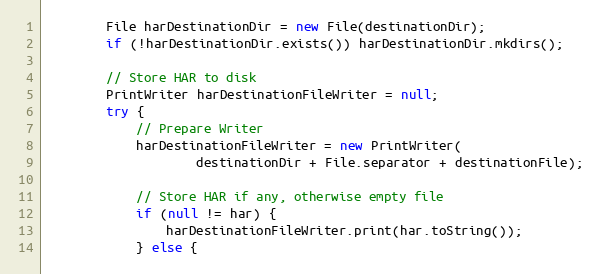
Language: Java
        File harDestinationDir = new File(destinationDir);
        if (!harDestinationDir.exists()) harDestinationDir.mkdirs();

        // Store HAR to disk
        PrintWriter harDestinationFileWriter = null;
        try {
            // Prepare Writer
            harDestinationFileWriter = new PrintWriter(
                    destinationDir + File.separator + destinationFile);

            // Store HAR if any, otherwise empty file
            if (null != har) {
                harDestinationFileWriter.print(har.toString());
            } else {